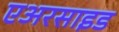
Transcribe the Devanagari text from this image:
एअरसाइड